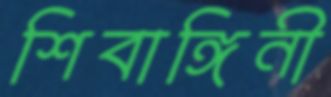
শিবাঙ্গিনী